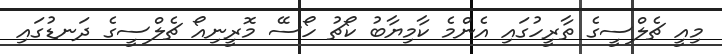
މިއީ ޗެލްސީގެ ތާރީހުގައި އެންމެ ކާމިޔާބު ކޯޗު ހޯސޭ މޮރީނިއޯ ޗެލްސީގެ ދަނޑުގައި